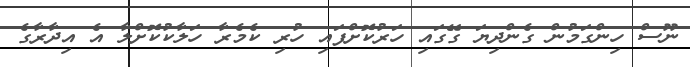
ނޫސް ހިންގަމުން ގެންދިޔަ ގޭގައި ހަރުކޮށްފައި ހުރި ކެމެރާ ހަލާކުކޮށްލާ އެ އިދާރާގެ